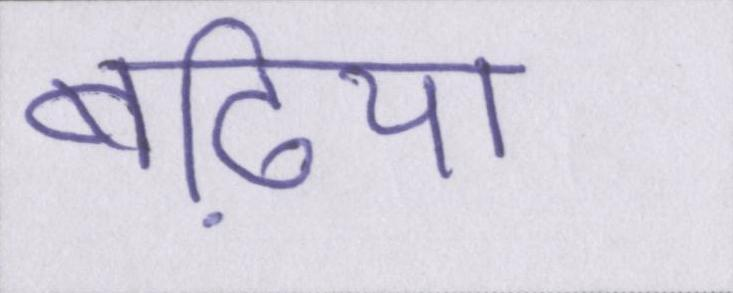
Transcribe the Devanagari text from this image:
बढि़या